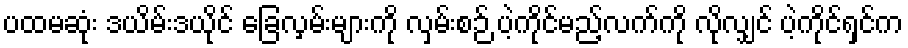
ပထမဆုံး ဒယိမ်းဒယိုင် ခြေလှမ်းများကို လှမ်းစဉ် ပဲ့ကိုင်မည့်လက်ကို လိုလျှင် ပဲ့ကိုင်ရှင်က